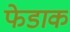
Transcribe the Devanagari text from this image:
फेडाक